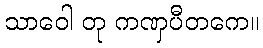
သာဝေါ တု ကဏှပီတကေ။